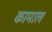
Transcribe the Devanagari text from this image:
कामाल